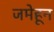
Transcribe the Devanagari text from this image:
जमेहून